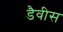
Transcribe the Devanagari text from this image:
डैवीस